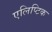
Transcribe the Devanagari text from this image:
एलिप्टिक